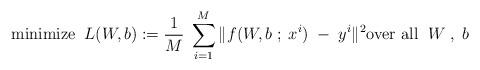
LaTeX: \begin{align*}\mbox{minimize} \;\; L(W, b) := \frac{1}{M}\; \sum_{i=1}^{M} \|f(W,b \; ; \; x^i) \; - \; y^i\|^2 \mbox{over all}\;\; W \;, \; b\end{align*}